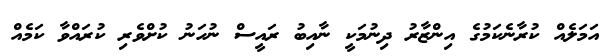
އަމަލެއް ކުރާނެކަމުގެ އިންޒާރު ދިނުމަކީ ނާއިބު ރައީސް ނުހަނު ކުށްވެރި ކުރައްވާ ކަމެއް